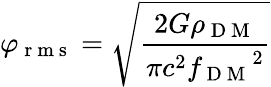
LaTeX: \varphi_{\mathrm{~r~m~s~}}=\sqrt{\frac{2G\rho_{\mathrm{~D~M~}}}{\pi c^{2}{f_{\mathrm{~D~M~}}}^{2}}}